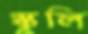
স্কুলি